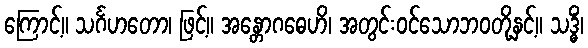
ကြောင့်။ သင်္ဂဟတော၊ ဖြင့်။ အန္တောဂဓေဟိ၊ အတွင်းဝင်သောဘဝတို့နှင့်။ သဒ္ဓိံ၊